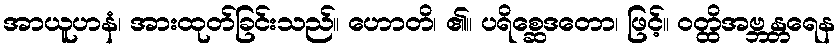
အာယူဟနံ၊ အားထုတ်ခြင်းသည်။ ဟောတိ၊ ၏။ ပရိစ္ဆေဒတော၊ ဖြင့်။ ဝတ္ထိအဗ္ဘန္တရေန